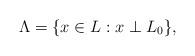
LaTeX: \begin{align*}\Lambda = \{ x\in L : x \perp L_0 \},\end{align*}